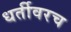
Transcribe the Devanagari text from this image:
धर्तीवरच